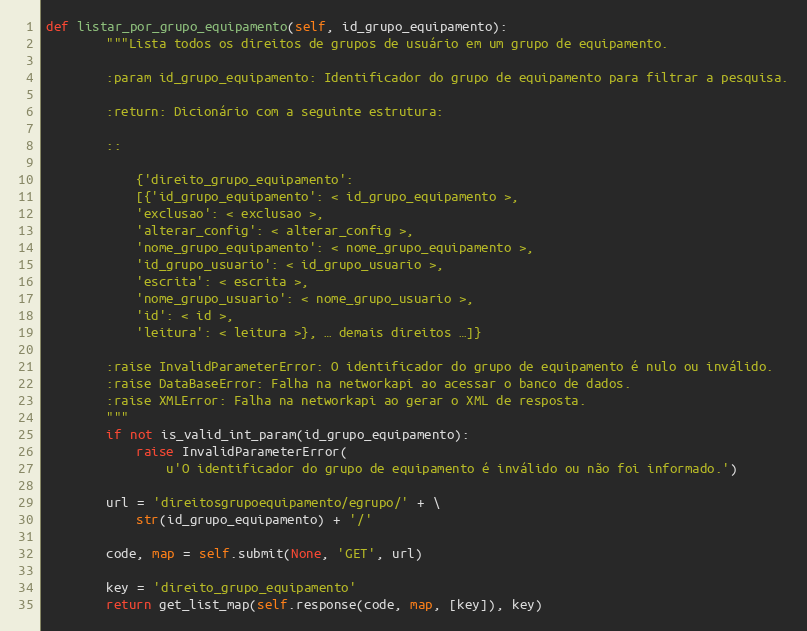
Language: Python
def listar_por_grupo_equipamento(self, id_grupo_equipamento):
        """Lista todos os direitos de grupos de usuário em um grupo de equipamento.

        :param id_grupo_equipamento: Identificador do grupo de equipamento para filtrar a pesquisa.

        :return: Dicionário com a seguinte estrutura:

        ::

            {'direito_grupo_equipamento':
            [{'id_grupo_equipamento': < id_grupo_equipamento >,
            'exclusao': < exclusao >,
            'alterar_config': < alterar_config >,
            'nome_grupo_equipamento': < nome_grupo_equipamento >,
            'id_grupo_usuario': < id_grupo_usuario >,
            'escrita': < escrita >,
            'nome_grupo_usuario': < nome_grupo_usuario >,
            'id': < id >,
            'leitura': < leitura >}, … demais direitos …]}

        :raise InvalidParameterError: O identificador do grupo de equipamento é nulo ou inválido.
        :raise DataBaseError: Falha na networkapi ao acessar o banco de dados.
        :raise XMLError: Falha na networkapi ao gerar o XML de resposta.
        """
        if not is_valid_int_param(id_grupo_equipamento):
            raise InvalidParameterError(
                u'O identificador do grupo de equipamento é inválido ou não foi informado.')

        url = 'direitosgrupoequipamento/egrupo/' + \
            str(id_grupo_equipamento) + '/'

        code, map = self.submit(None, 'GET', url)

        key = 'direito_grupo_equipamento'
        return get_list_map(self.response(code, map, [key]), key)